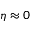
\eta \approx 0